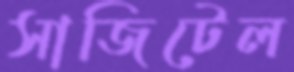
সাজিটেল